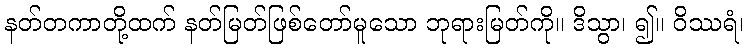
နတ်တကာတို့ထက် နတ်မြတ်ဖြစ်တော်မူသော ဘုရားမြတ်ကို။ ဒိသွာ၊ ၍။ ဝိဿရံ၊